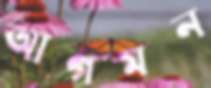
আগমন